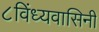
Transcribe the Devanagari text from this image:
८विंध्यवासिनी